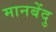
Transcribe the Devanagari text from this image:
मानबेंदु